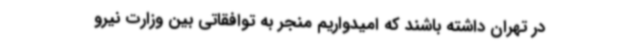
در تهران داشته باشند که امیدواریم منجر به توافقاتی بین وزارت نیرو